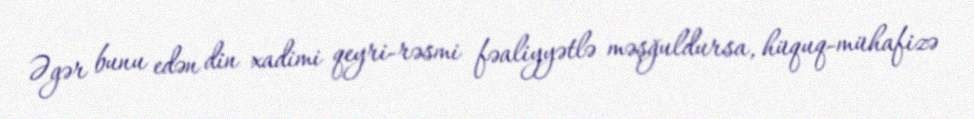
Əgər bunu edən din xadimi qeyri-rəsmi fəaliyyətlə məşğuldursa, hüquq-mühafizə